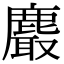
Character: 𪋄